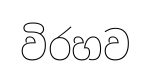
විරහව